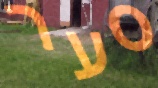
סער